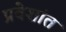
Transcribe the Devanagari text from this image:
प्रवेशांत